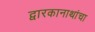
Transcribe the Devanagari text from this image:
द्वारकानाथांचा